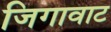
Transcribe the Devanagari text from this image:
जिगावाट